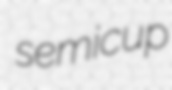
semicup